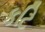
કટિ